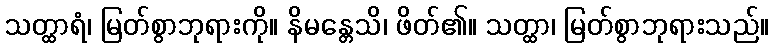
သတ္ထာရံ၊ မြတ်စွာဘုရားကို။ နိမန္တေသိ၊ ဖိတ်၏။ သတ္ထာ၊ မြတ်စွာဘုရားသည်။